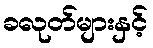
ခလုတ်များနှင့်